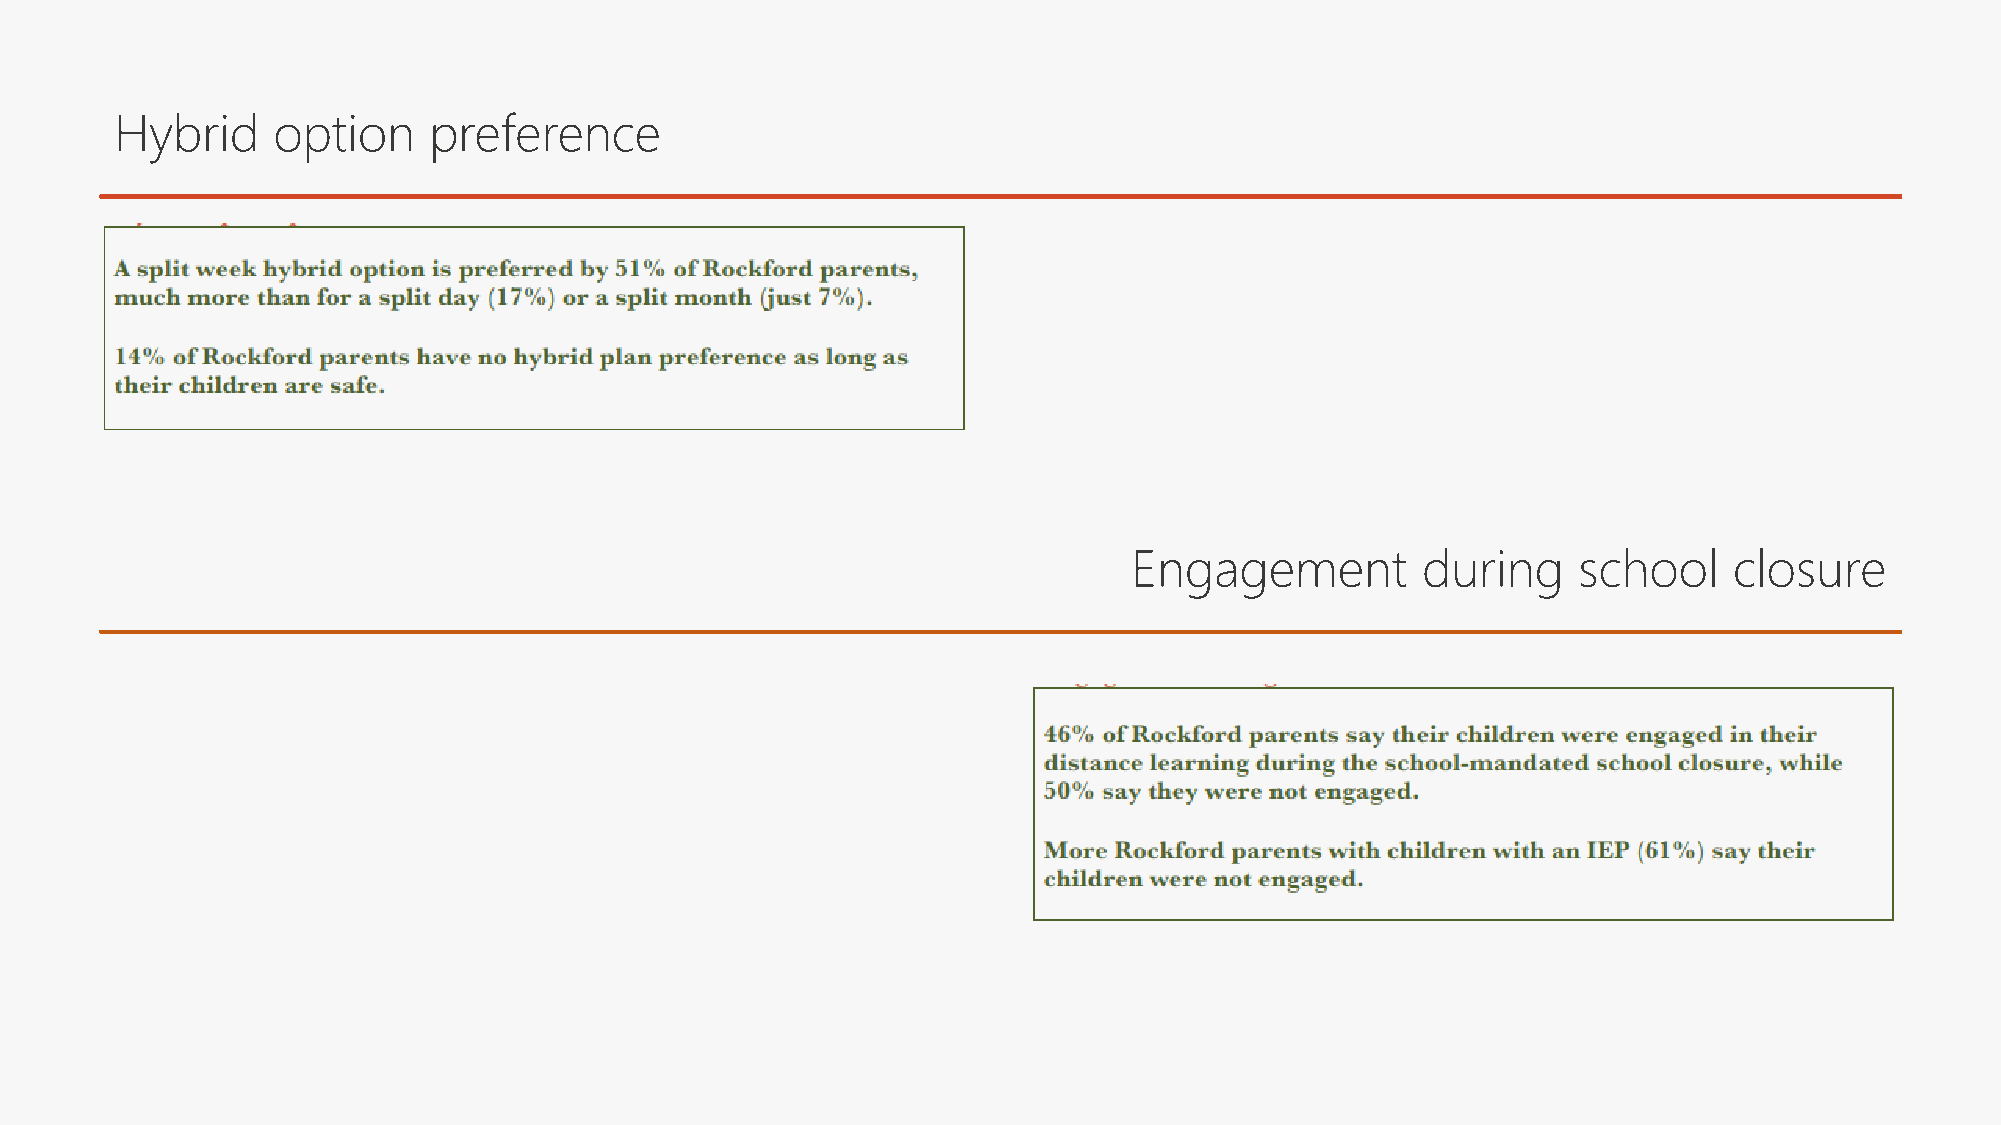
Hybrid    option    preference
 Engagement         during    school     closure